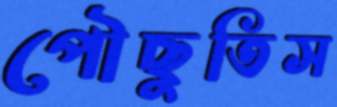
পৌঁছুতিস